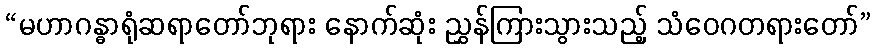
“မဟာဂန္ဓာရုံဆရာတော်ဘုရား နောက်ဆုံး ညွှန်ကြားသွားသည့် သံဝေဂတရားတော်”